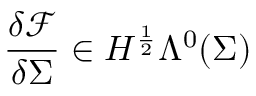
\frac { \delta \mathcal { F } } { \delta \Sigma } \in H ^ { \frac { 1 } { 2 } } \Lambda ^ { 0 } ( \Sigma )